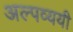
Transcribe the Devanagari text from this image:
अल्पव्ययी